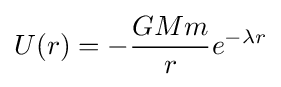
U(r)=-{\frac {GMm}{r}}e^{-\lambda r}